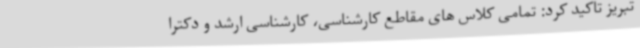
تبریز تاکید کرد: تمامی کلاس های مقاطع کارشناسی، کارشناسی ارشد و دکترا